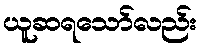
ယူဆရသော်လည်း